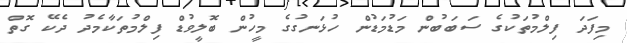
މިފަދަ ފިލްމުތަކުގެ ސަބަބުން މަޑުމަޑުން ހުޅަނގުގެ މީހުން ބޮލީވުޑް ފިލްމުތަކާމެދު ދެކޭ ގޮތް